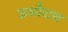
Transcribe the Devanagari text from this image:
ऊधौराम